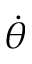
\dot { \theta }